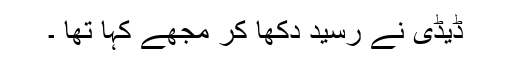
ڈیڈی نے رسید دکھا کر مجھے کہا تھا ۔